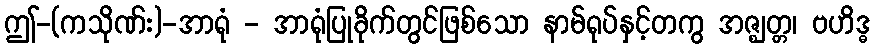
ဤ-(ကသိုဏ်း)-အာရုံ - အာရုံပြုခိုက်တွင်ဖြစ်သော နာမ်ရုပ်နှင့်တကွ အဇ္ဈတ္တ၊ ဗဟိဒ္ဓ